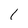
Character: 1